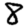
Digit: 8